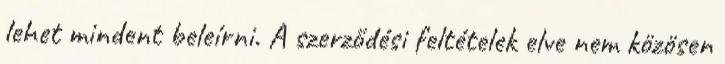
lehet mindent beleírni. A szerződési feltételek elve nem közösen